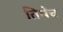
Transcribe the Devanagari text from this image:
तिथेेच